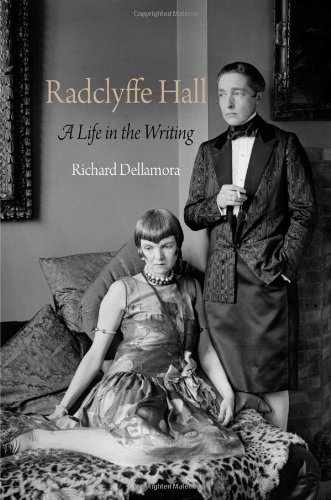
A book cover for Radclyffe Hall: A Life in the Writing (Haney Foundation Series); Richard Dellamora; Gay & Lesbian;